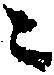
ニ